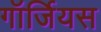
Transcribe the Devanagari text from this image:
गॉर्जियस